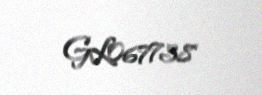
GL067738